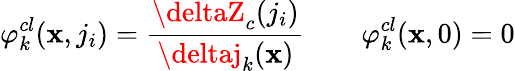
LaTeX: \varphi_{k}^{cl}(\mathbf{x},j_{i})={\frac{{\deltaZ_{c}(j_{i})}}{{\deltaj_{k}(\mathbf{x})}}}\qquad\varphi_{k}^{cl}(\mathbf{x},0)=0